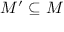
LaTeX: M ^ { \prime } \subseteq M